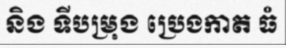
និង ទីបម្រុង ប្រេងកាត ធំ